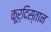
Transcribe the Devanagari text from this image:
कूर्दिस्तान